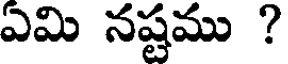
ఎమి నష్టము ?